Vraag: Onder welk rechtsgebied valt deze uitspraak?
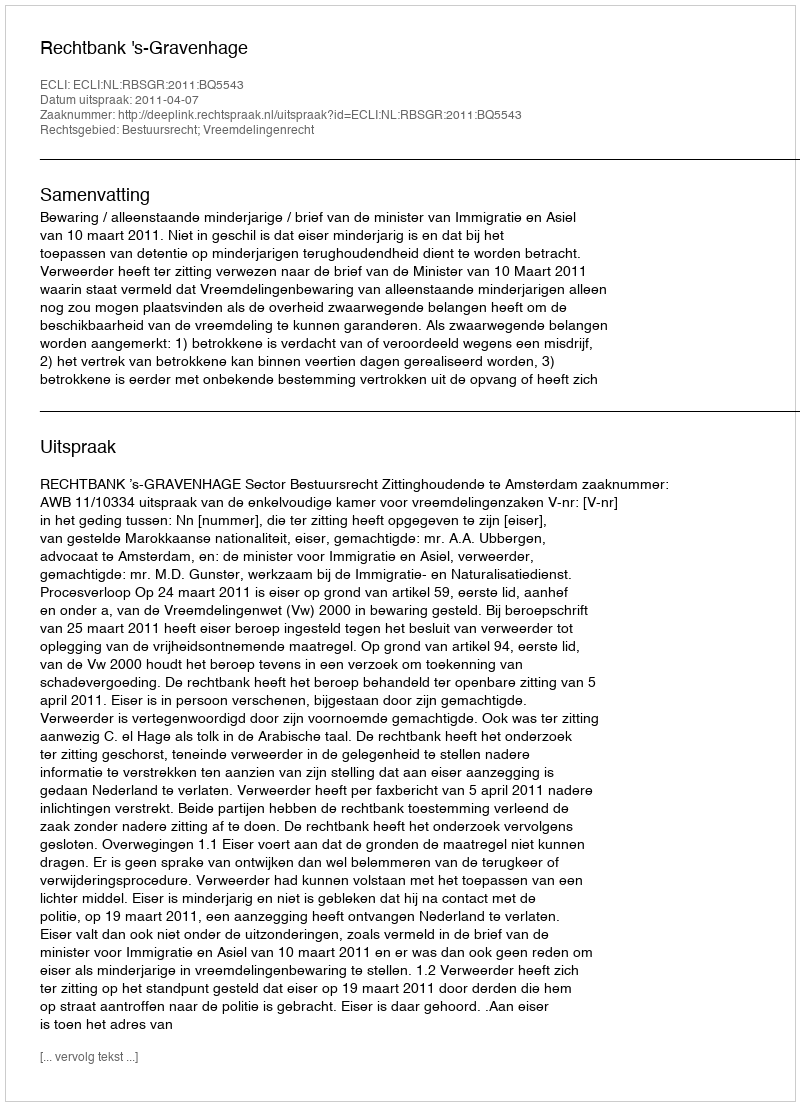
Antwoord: Bestuursrecht; Vreemdelingenrecht